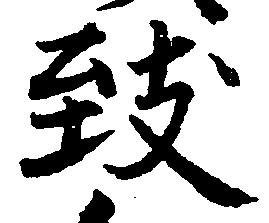
致